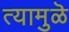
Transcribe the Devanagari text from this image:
त्यामुळॆ